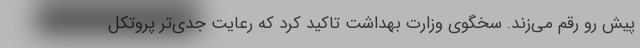
پیش رو رقم می‌زند. سخگوی وزارت بهداشت تاکید کرد که رعایت جدی‌تر پروتکل